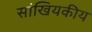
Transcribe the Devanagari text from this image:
सांखियकीय